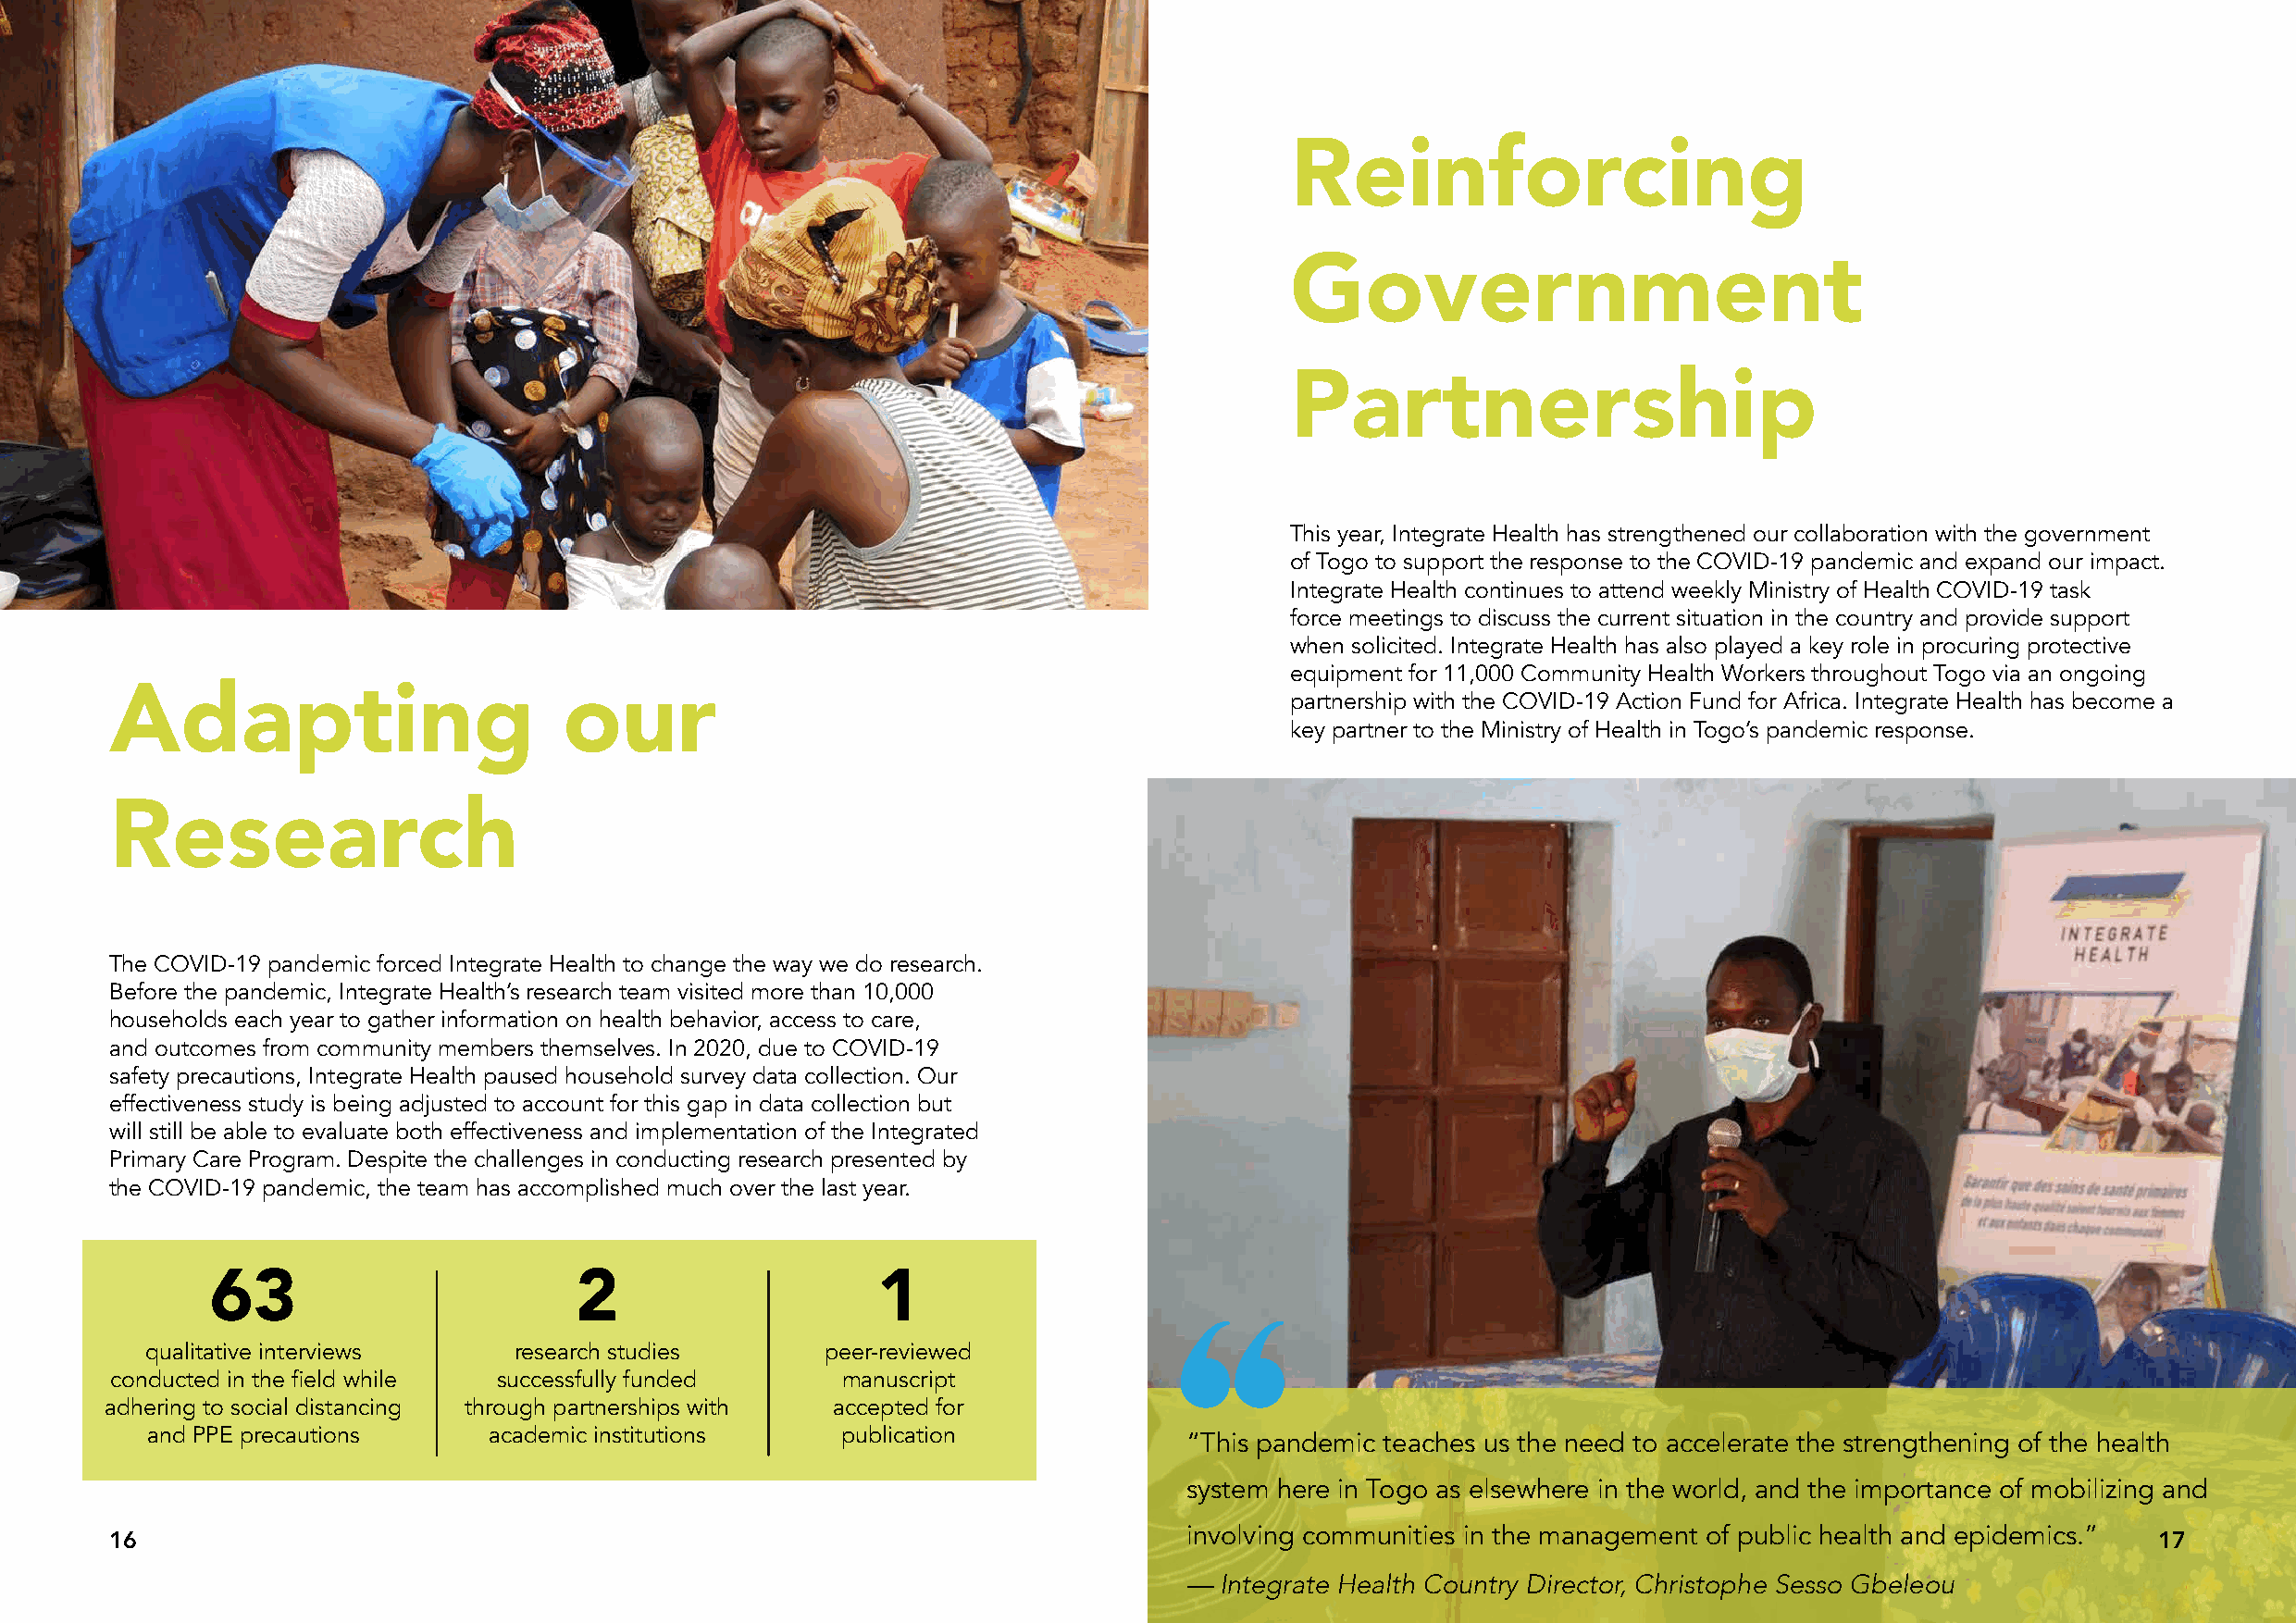
Reinforcing
 Government
 Partnership
 This year, Integrate Health has strengthened our collaboration with the government
 of Togo to support the response to the COVID-19 pandemic and expand our impact.
 Integrate Health continues to attend weekly Ministry of Health COVID-19 task
 force meetings to discuss the current situation in the country and provide support
 when solicited. Integrate Health has also played a key role in procuring protective
 equipment for 11,000 Community Health Workers throughout Togo via an ongoing
 partnership with the COVID-19 Action Fund for Africa. Integrate Health has become a
 Adapting                        our
 key partner to the Ministry of Health in Togo’s pandemic response.
 Research
 The COVID-19 pandemic forced Integrate Health to change the way we do research.
 Before the pandemic, Integrate Health’s research team visited more than 10,000
 households each year to gather information on health behavior, access to care,
 and outcomes from community members themselves. In 2020, due to COVID-19
 safety precautions, Integrate Health paused household survey data collection. Our
 effectiveness study is being adjusted to account for this gap in data collection but
 will still be able to evaluate both effectiveness and implementation of the Integrated
 Primary Care Program. Despite the challenges in conducting research presented by
 the COVID-19 pandemic, the team has accomplished much over the last year.
 63                        2                     1
 qualitative interviews     research studies      peer-reviewed
 conducted in the field while successfully funded    manuscript
 adhering to social distancing through partnerships with accepted for
 and PPE precautions     academic institutions    publication
 “This pandemic teaches us the need to accelerate the strengthening of the health
 system here in Togo as elsewhere in the world, and the importance of mobilizing and
 involving communities in the management of public health and epidemics.”
 16                                                                                                                                                17
 — Integrate Health Country Director, Christophe Sesso Gbeleou